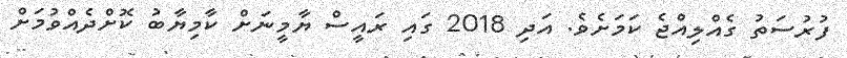
ފުރުސަތު ގެއްލިއްޖެ ކަމަށެވެ. އަދި 2018 ގައި ރައީސް ޔާމީނަށް ކާމިޔާބު ކޮށްދެއްވުމަށް